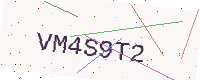
Text: VM4S9T2